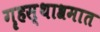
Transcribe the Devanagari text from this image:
गॄहस्थाश्रमात